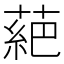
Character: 𫉇